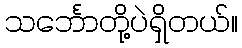
သင်္ဘောတို့ပဲရှိတယ်။